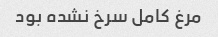
مرغ کامل سرخ نشده بود